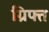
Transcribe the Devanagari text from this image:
ग्रिफ्त